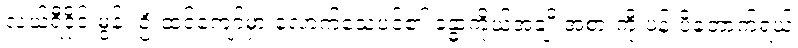
လယ်ရီဒိုင်းမွန်း ဦးထင်ကျော်မှာ လောက်သေပင်၏ ခန္ဓာကိုယ်အချိုးအစားကို ပန်းပိတောက်ရယ်